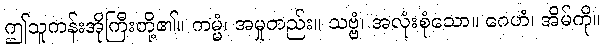
ဤသူကန်းအိုကြီးတို့၏။ ကမ္မံ၊ အမှုတည်း။ သဗ္ဗံ၊ အလုံးစုံသော။ ဂေဟံ၊ အိမ်ကို။